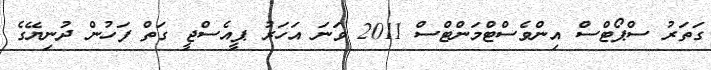
ގަަތަރު ސްޕޯޓްސް އިންވެސްޓްމަންޓްސް 2011 ވަނަ އަހަރު ޕީއެސްޖީ ގަތް ފަހުން ދުނިޔޭގެ